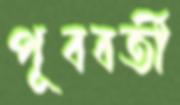
পূববর্তী